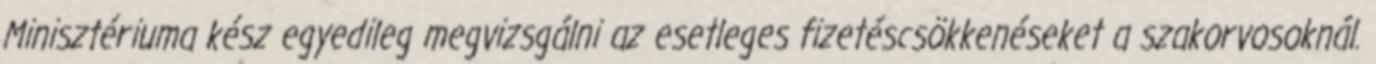
Minisztériuma kész egyedileg megvizsgálni az esetleges fizetéscsökkenéseket a szakorvosoknál.